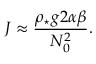
J \approx \frac { \rho _ { \star } g 2 \alpha \beta } { N _ { 0 } ^ { 2 } } .